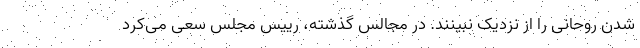
شدن روحانی را از نزدیک نبینند. در مجالس گذشته، رییس مجلس سعی می‌کرد